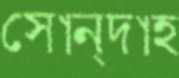
সোন্দাহ